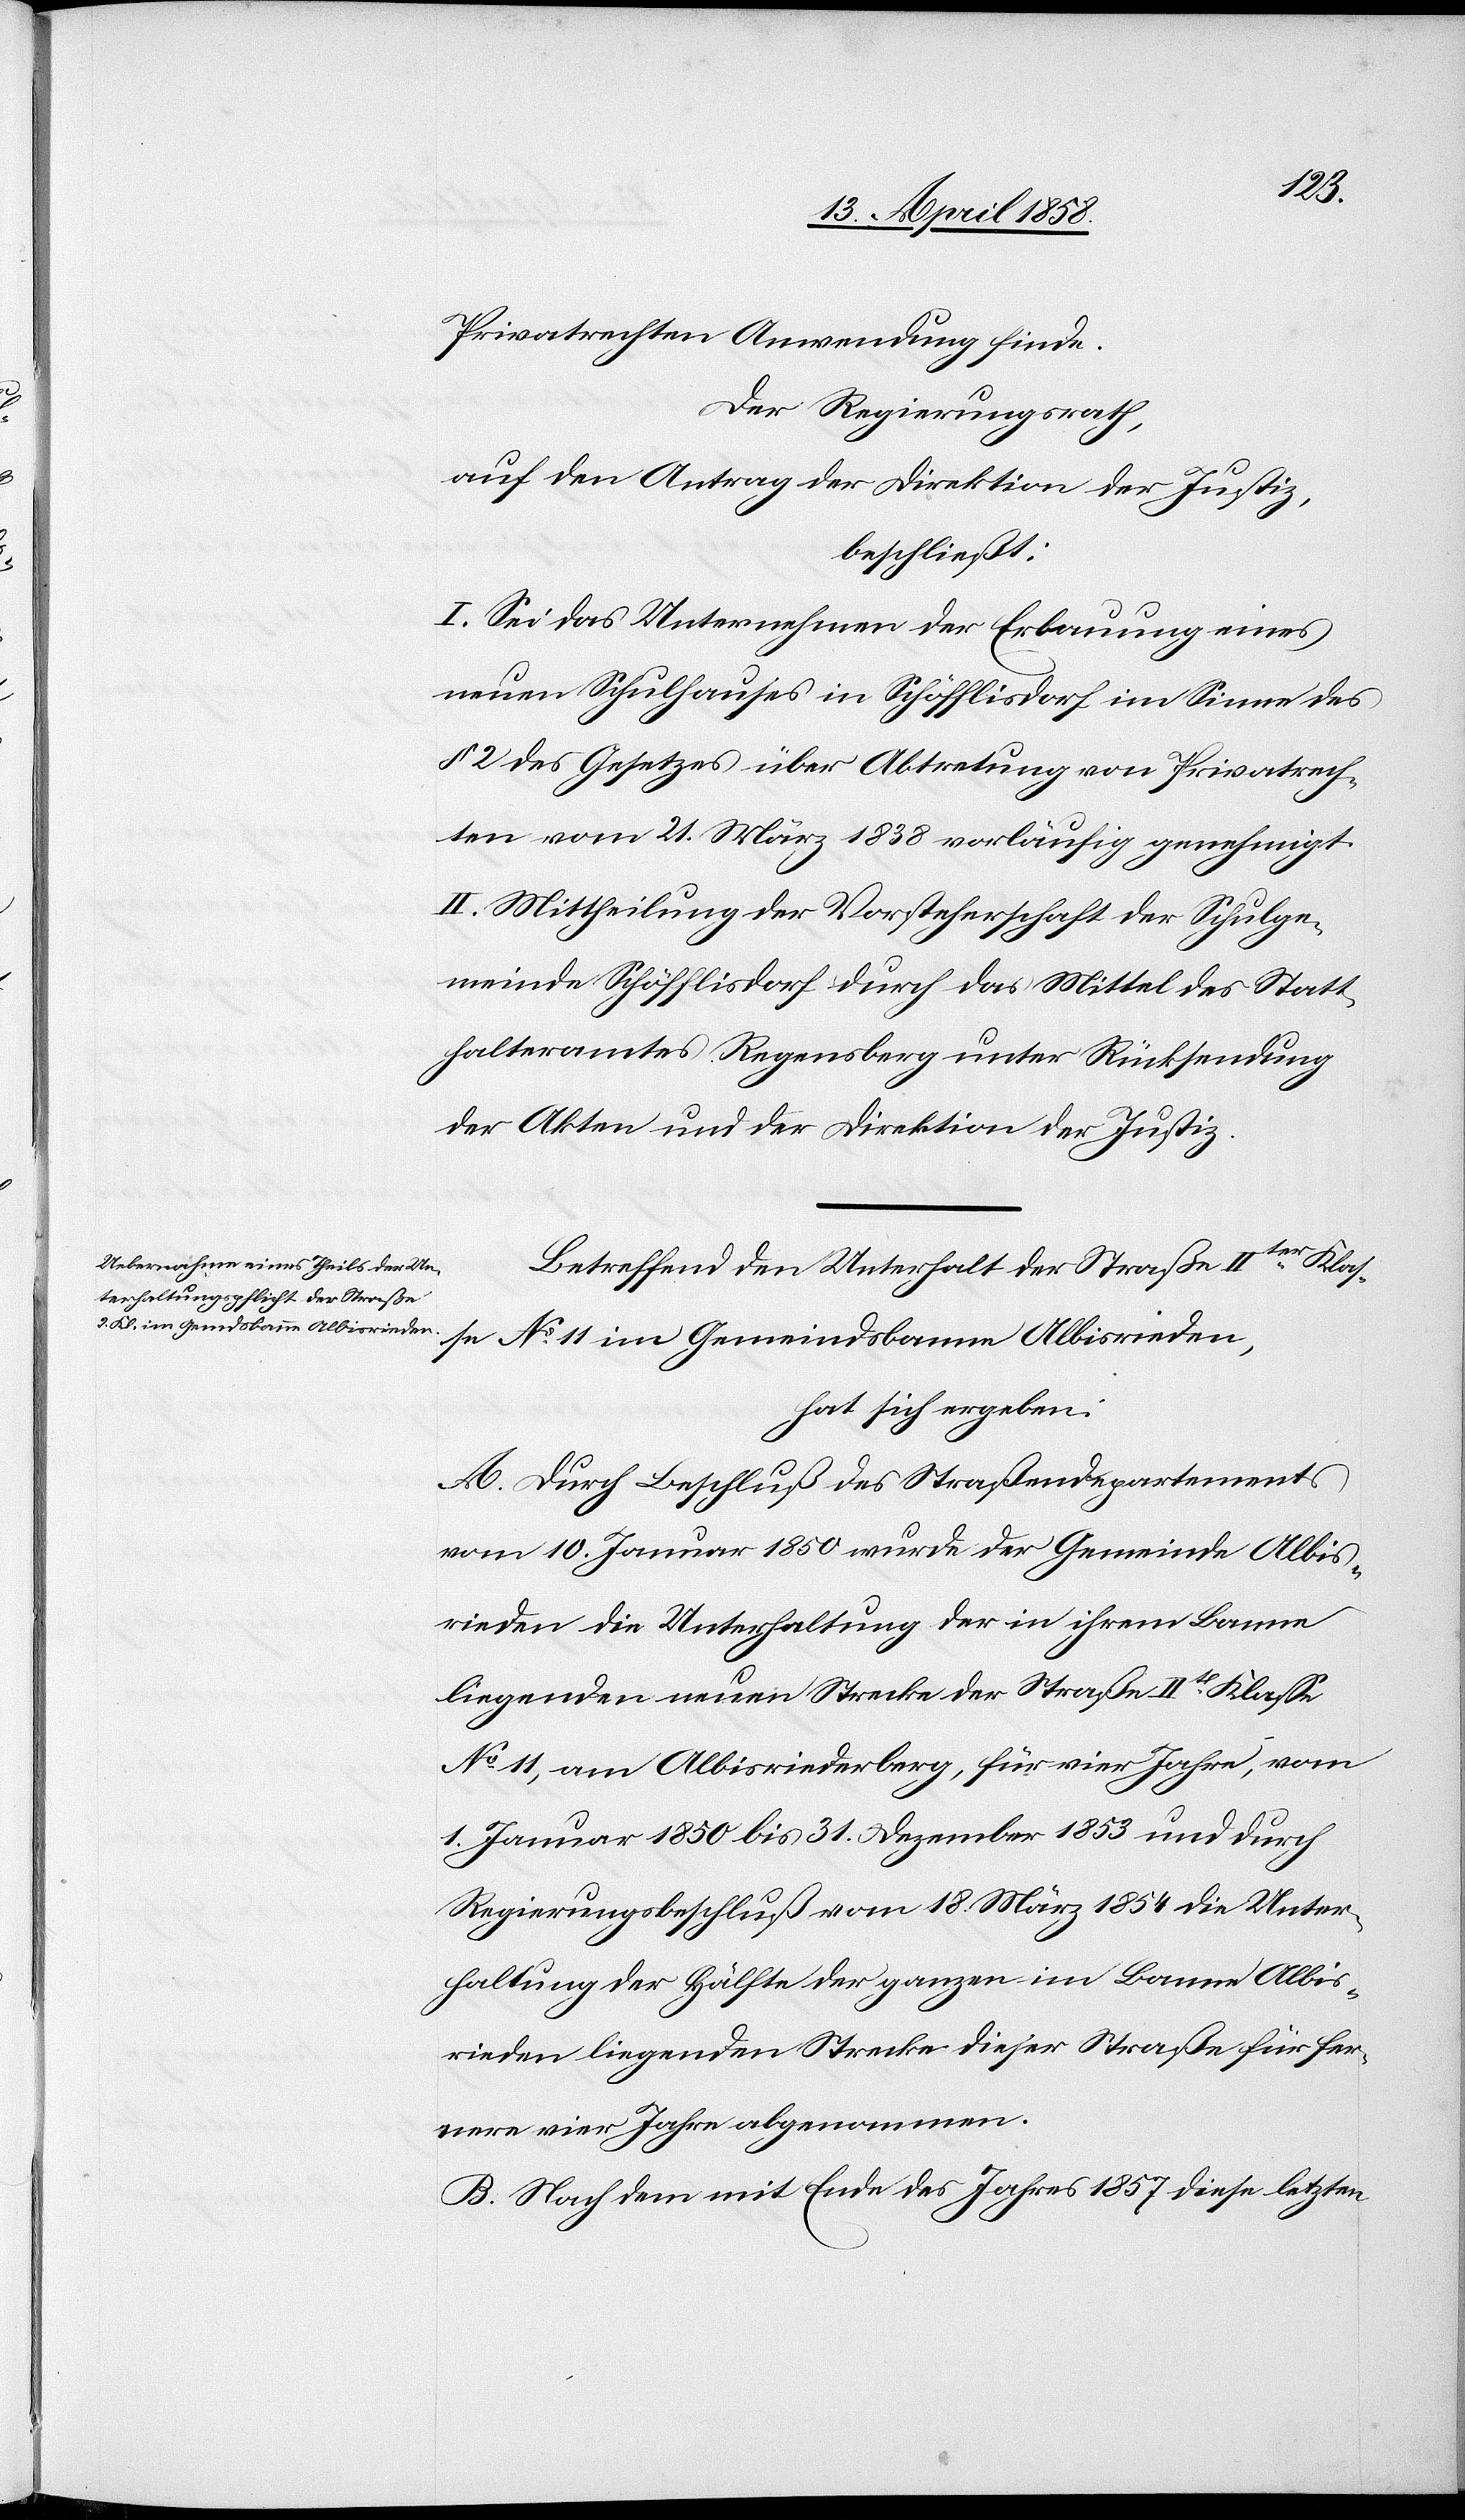
Privatrechten Anwendung finde.
Der Regierungsrath,
auf den Antrag der Direktion der Justiz,
beschließt:
I. Sei das Unternehmen der Erbauung eines
neuen Schulhauses in Schöfflisdorf im Sinne des
§ 2 des Gesetzes über Abtretung von Privatrech¬
ten vom 21. März 1838 vorläufig genehmigt.
II. Mittheilung der Vorsteherschaft der Schulge¬
meinde Schöfflisdorf durch das Mittel des Statt¬
halteramtes Regensberg unter Rücksendung
der Akten und der Direktion der Justiz.
Betreffend den Unterhalt der Straße IIter Klas¬
se No 11 im Gemeindsbanne Albisrieden,
hat sich ergeben:
A. Durch Beschluß des Straßendepartements
vom 10. Januar 1850 wurde der Gemeinde Albis¬
rieden die Unterhaltung der in ihrem Banne
liegenden neuen Strecke der Straße IIt[er] Klasse
No 11, am Albisriederberg, für vier Jahre, vom
1. Januar 1850 bis 31. Dezember 1853 und durch
Regierungsbeschluß vom 18. März 1854 die Unter¬
haltung der Hälfte der ganzen im Banne Albis¬
rieden liegenden Strecke dieser Straße für fer¬
nere vier Jahre abgenommen.
B. Nach dem mit Ende des Jahres 1857 diese letzten